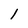
Character: 1